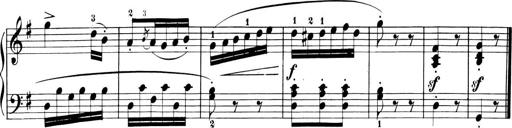
Title: 6 Piano Sonatinas
Composer: Cornelius Gurlitt